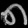
Digit: ၈